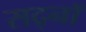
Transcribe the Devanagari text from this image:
सद्नॉ